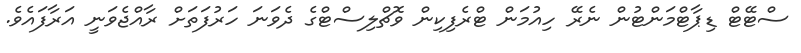
ސްޓޭޓް ޑިޕާޓްމަންޓުން ނެރޭ ހިއުމަން ޓްރެފިކިން ވޮޗްލިސްޓްގެ ދެވަނަ ހަރުފަތަށް ރާއްޖެވަނީ އަރާފައެވެ.